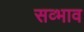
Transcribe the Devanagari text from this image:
सव्भाव